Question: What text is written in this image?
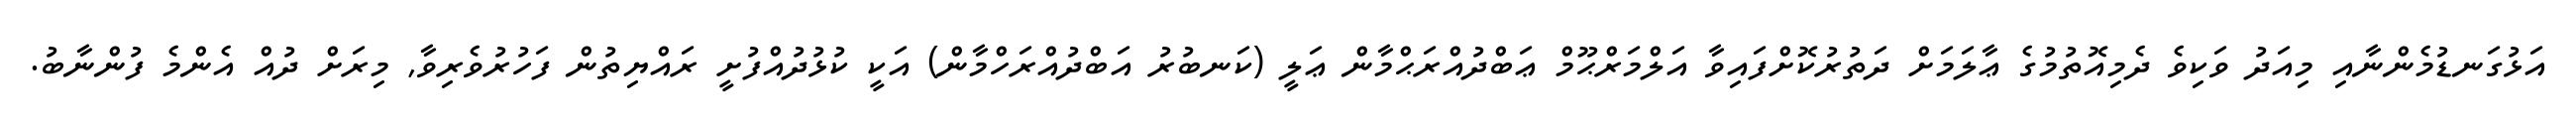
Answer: އަޅުގަނޑުމެންނާއި މިއަދު ވަކިވެ ދެމިއޮތުމުގެ ޢާލަމަށް ދަތުރުކޮށްފައިވާ އަލްމަރްޙޫމް ޢަބްދުއްރަޙްމާން ޢަލީ (ކަނބުރު އަބްދުއްރަހްމާން) އަކީ ކުޅުދުއްފުށީ ރައްޔިތުން ފަހުރުވެރިވާ, މިރަށް ދުއް އެންމެ ފުންނާބު.